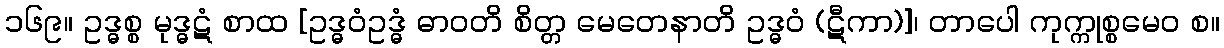
၁၆၉။ ဥဒ္ဓစ္စ မုဒ္ဓဋံ စာထ [ဥဒ္ဓဝံဥဒ္ဓံ ဓာဝတိ စိတ္တ မေတေနာတိ ဥဒ္ဓဝံ (ဋီကာ)]၊ တာပေါ ကုက္ကုစ္စမေဝ စ။